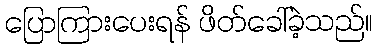
ပြောကြားပေးရန် ဖိတ်ခေါ်ခဲ့သည်။